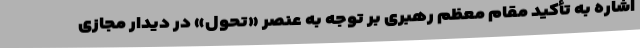
اشاره به تأکید مقام معظم رهبری بر توجه به عنصر «تحول» در دیدار مجازی